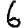
Digit: 6